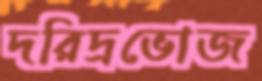
দরিদ্রভোজ